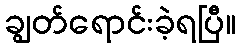
ချွတ်ရောင်းခဲ့ရပြီ။